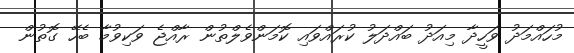
މުހައްމަދު ވަހީދާ މިއަދު ބައްދަލު ކުރައްވައި ކޮމަންވެލްތުން ރާއްޖެ ވަކިވުމާ ބެހޭ ގޮތުން